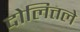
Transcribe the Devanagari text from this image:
दोलित्तले